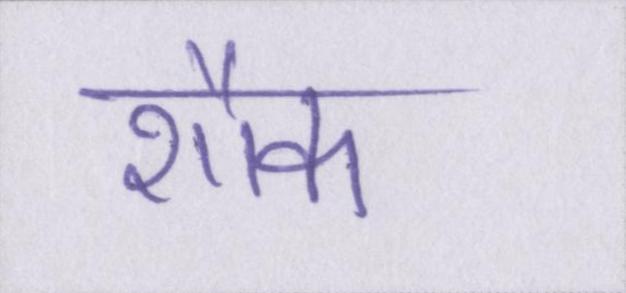
शौक